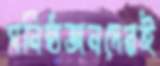
ঘনিষ্ঠজনদেরই